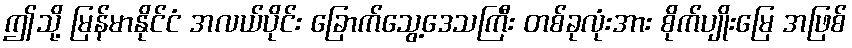
ဤသို့ မြန်မာနိုင်ငံ အလယ်ပိုင်း ခြောက်သွေ့ဒေသကြီး တစ်ခုလုံးအား စိုက်ပျိုးမြေ အဖြစ်